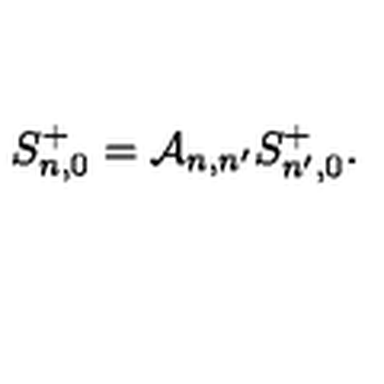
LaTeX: S _ { n , 0 } ^ { + } = { \cal A } _ { n , n ^ { \prime } } S _ { n ^ { \prime } , 0 } ^ { + } .